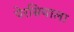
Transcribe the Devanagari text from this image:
पेरसियाला